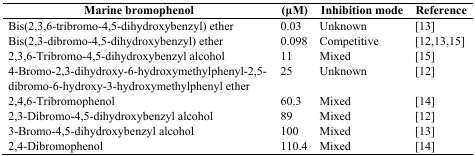
<table><thead><tr><td><b>Marine bromophenol</b></td><td><b>(μM)</b></td><td><b>Inhibition mode</b></td><td><b>Reference</b></td></tr></thead><tbody><tr><td>Bis(2,3,6-tribromo-4,5-dihydroxybenzyl) ether</td><td>0.03</td><td>Unknown</td><td>[13]</td></tr><tr><td>Bis(2,3-dibromo-4,5-dihydroxybenzyl) ether</td><td>0.098</td><td>Competitive</td><td>[12,13,15]</td></tr><tr><td>2,3,6-Tribromo-4,5-dihydroxybenzyl alcohol</td><td>11</td><td>Mixed</td><td>[15]</td></tr><tr><td>4-Bromo-2,3-dihydroxy-6-hydroxymethylphenyl-2,5-dibromo-6-hydroxy-3-hydroxymethylphenyl ether</td><td>25</td><td>Unknown</td><td>[12]</td></tr><tr><td>2,4,6-Tribromophenol</td><td>60.3</td><td>Mixed</td><td>[14]</td></tr><tr><td>2,3-Dibromo-4,5-dihydroxybenzyl alcohol</td><td>89</td><td>Mixed</td><td>[12]</td></tr><tr><td>3-Bromo-4,5-dihydroxybenzyl alcohol</td><td>100</td><td>Mixed</td><td>[13]</td></tr><tr><td>2,4-Dibromophenol</td><td>110.4</td><td>Mixed</td><td>[14]</td></tr></tbody></table>